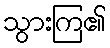
သွားကြ၏